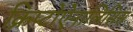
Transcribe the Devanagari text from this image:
क्रिप्टोऐनालिसिस